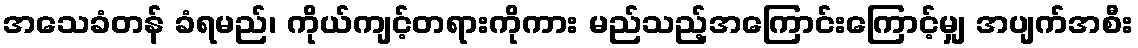
အသေခံတန် ခံရမည်၊ ကိုယ်ကျင့်တရားကိုကား မည်သည့်အကြောင်းကြောင့်မျှ အပျက်အစီး